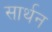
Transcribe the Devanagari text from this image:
सार्थन